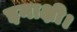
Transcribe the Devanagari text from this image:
इनाक्षी।